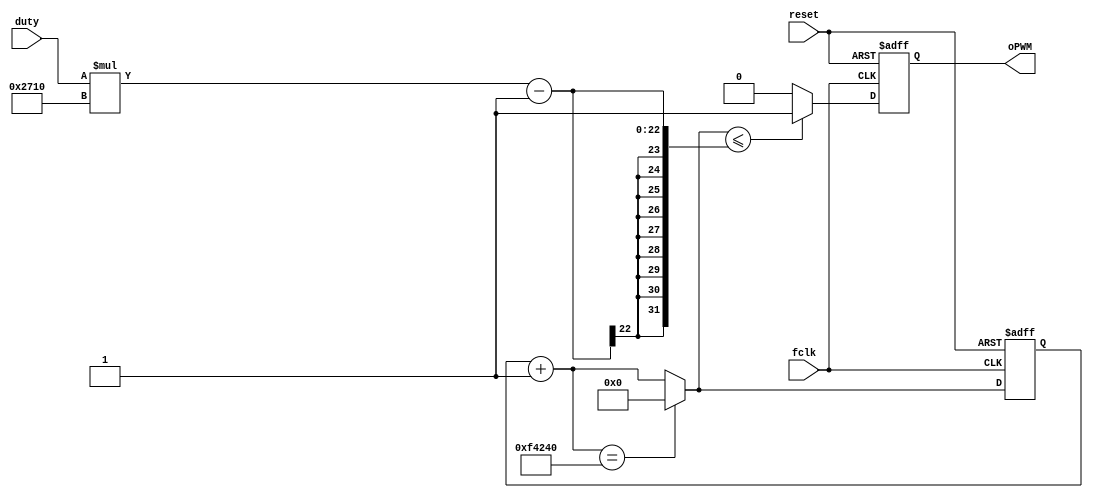
module PWM (fclk, duty, oPWM, reset);
input fclk; //input clock at 100x desired output frequency
input [7:0] duty; //0-100 duty cycle value
output reg oPWM; //output PWM signal
input reset;

reg [31:0] counter;
always @(posedge fclk or negedge reset) begin
	if (!reset)
	begin
		oPWM <= 0;
		counter <= 0;
	end
		
	else
	begin
		counter = counter + 1;
		if (counter == 1000000) begin
			counter = 0;
		end

		if (counter <= (duty*10000)-1) begin
			oPWM = 1;
		end
		else begin
			oPWM = 0;
		end
	end

end
endmodule